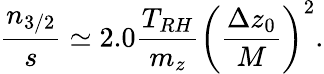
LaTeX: \frac{n_{3/2}}{s}\simeq 2.0\frac{T_{RH}}{m_{z}}\left(\frac{\Delta z_{0}}{M}\right)^{2}.